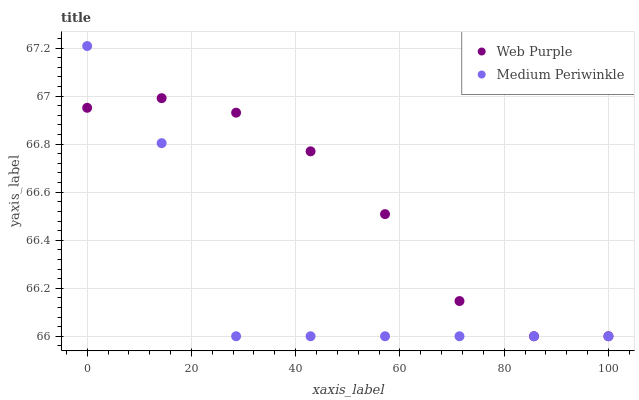
| xaxis_label | Web Purple | Medium Periwinkle |
 | --- | --- | --- |
 | 0 | 67 | 67.2 |
 | 14.3 | 67 | 66.8 |
 | 28.6 | 66.9 | 66 |
 | 42.9 | 66.8 | 66 |
 | 57.1 | 66.5 | 66 |
 | 71.4 | 66.1 | 66 |
 | 85.7 | 66 | 66 |
 | 100 | 66 | 66 |